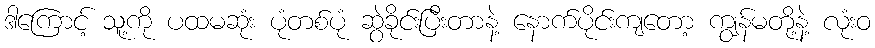
ဒါကြောင့် သူ့ကို ပထမဆုံး ပုံတစ်ပုံ ဆွဲခိုင်းပြီးတာနဲ့ နောက်ပိုင်းကျတော့ ကျွန်မတို့နဲ့ လုံးဝ